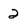
Character: 2